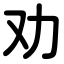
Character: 劝